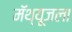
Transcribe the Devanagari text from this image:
मॅथ्यूजला